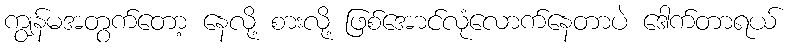
ကျွန်မအတွက်တော့ နေလို့ စားလို့ ဖြစ်အောင်လုံလောက်နေတာပဲ ဒေါက်တာရယ်